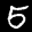
Label: 5